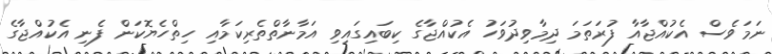
ނަމަވެސް އެކުއްޖާއާ ފުރަތަމަ ދިމާވިދުވަހު އެކުއްޖާގެ ކިބައިގައިވި އަމާނާތްތެރިކަމާއި ހިތްހެޔޮކަން ފެނި އެކުއްޖާގެ